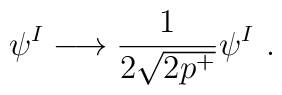
\psi^I  \longrightarrow \frac{1}{2\sqrt{2p^+}} \psi^I ~.